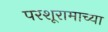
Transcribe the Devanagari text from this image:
परशूरामाच्या